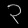
Digit: ၃